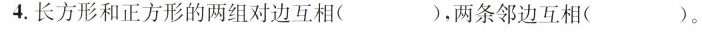
4.长方形和正方形的两组对边互相( )，两条邻边互相( )。